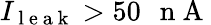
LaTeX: I_{\mathrm{~l~e~a~k~}}>50\mathrm{~\, ~n~A~}